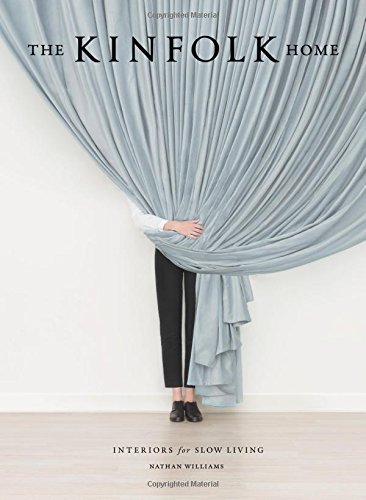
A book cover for The Kinfolk Home: Interiors for Slow Living; Nathan Williams; Crafts, Hobbies & Home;